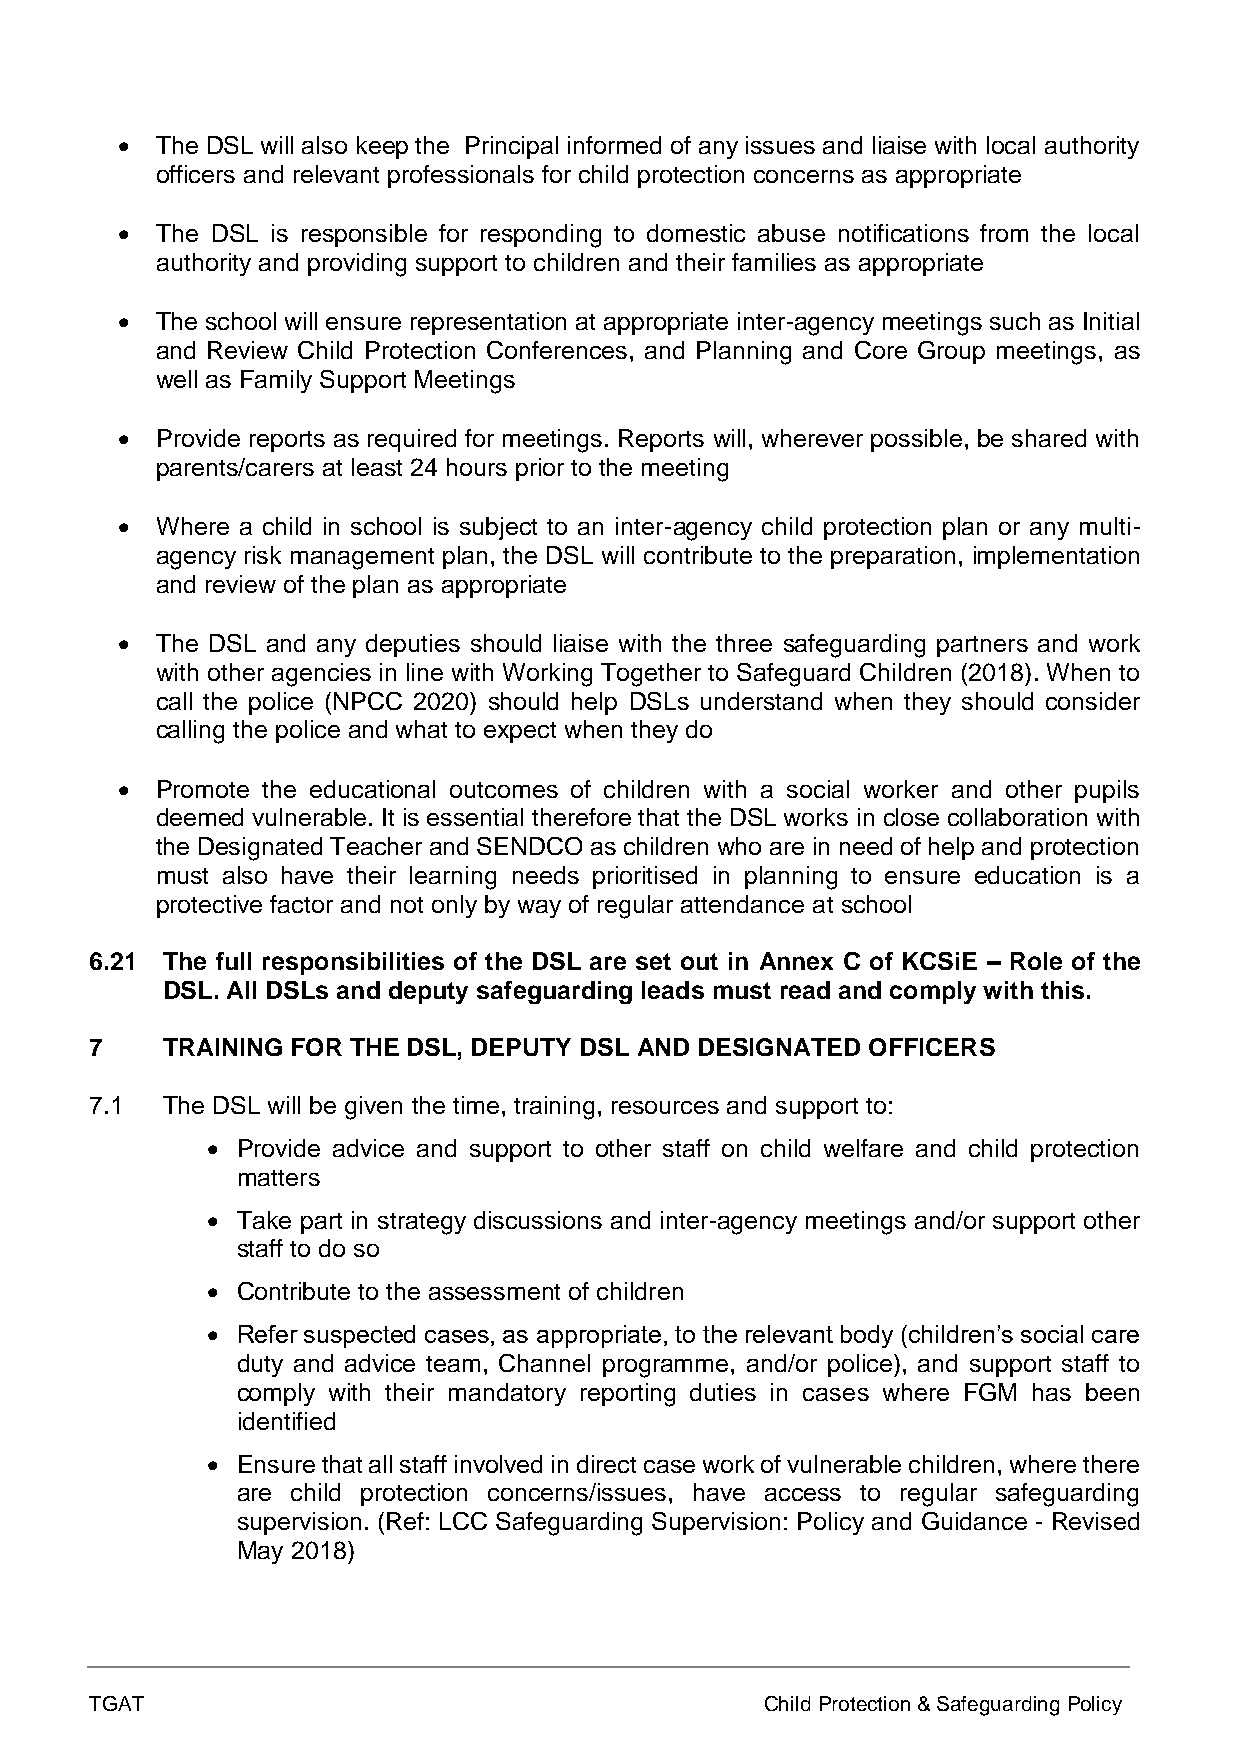
• The DSL will also keep the Principal informed of any issues and liaise with local authority
 officers and relevant professionals for child protection concerns as appropriate
 • The DSL is responsible for responding to domestic abuse notifications from the local
 authority and providing support to children and their families as appropriate
 • The school will ensure representation at appropriate inter-agency meetings such as Initial
 and Review Child Protection Conferences, and Planning and Core Group meetings, as
 well as Family Support Meetings
 • Provide reports as required for meetings. Reports will, wherever possible, be shared with
 parents/carers at least 24 hours prior to the meeting
 • Where a child in school is subject to an inter-agency child protection plan or any multi-
 agency risk management plan, the DSL will contribute to the preparation, implementation
 and review of the plan as appropriate
 • The DSL and any deputies should liaise with the three safeguarding partners and work
 with other agencies in line with Working Together to Safeguard Children (2018). When to
 call the police (NPCC 2020) should help DSLs understand when they should consider
 calling the police and what to expect when they do
 • Promote the educational outcomes of children with a social worker and other pupils
 deemed vulnerable. It is essential therefore that the DSL works in close collaboration with
 the Designated Teacher and SENDCO as children who are in need of help and protection
 must also have their learning needs prioritised in planning to ensure education is a
 protective factor and not only by way of regular attendance at school
 6.21 The full responsibilities of the DSL are set out in Annex C of KCSiE – Role of the
 DSL. All DSLs and deputy safeguarding leads must read and comply with this.
 7    TRAINING FOR THE DSL, DEPUTY DSL AND DESIGNATED OFFICERS
 7.1  The DSL will be given the time, training, resources and support to:
 • Provide advice and support to other staff on child welfare and child protection
 matters
 • Take part in strategy discussions and inter-agency meetings and/or support other
 staff to do so
 • Contribute to the assessment of children
 • Refer suspected cases, as appropriate, to the relevant body (children’s social care
 duty and advice team, Channel programme, and/or police), and support staff to
 comply with their mandatory reporting duties in cases where FGM has been
 identified
 • Ensure that all staff involved in direct case work of vulnerable children, where there
 are child protection concerns/issues, have access to regular safeguarding
 supervision. (Ref: LCC Safeguarding Supervision: Policy and Guidance - Revised
 May 2018)
 TGAT                                         Child Protection & Safeguarding Policy